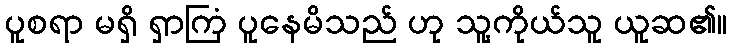
ပူစရာ မရှိ ရှာကြံ ပူနေမိသည် ဟု သူ့ကိုယ်သူ ယူဆ၏။